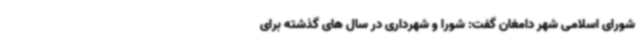
شورای اسلامی شهر دامغان گفت: شورا و شهرداری در سال های گذشته برای